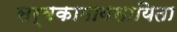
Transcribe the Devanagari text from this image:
सर्वकामावसायिता